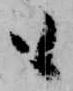
も